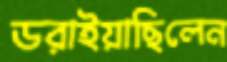
ডরাইয়াছিলেন